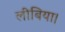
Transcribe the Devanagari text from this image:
लीबिया।